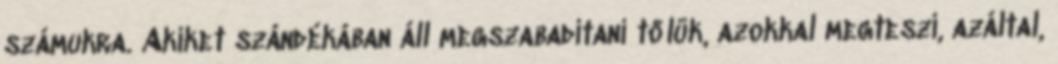
számukra. Akiket szándékában áll megszabadítani tőlük, azokkal megteszi, azáltal,